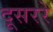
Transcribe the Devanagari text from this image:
दूसररे